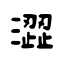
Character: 澀